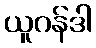
ယူဂန်ဒါ